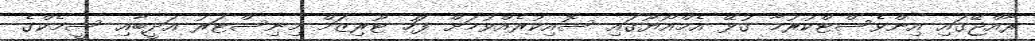
ރާއްޖޭގައި އިންވެެސްޓްކުރުމާ ގުޅޭ އެމްއޯޔޫގައި ސޮއިކުރެއްވުމަށް ފަހު ޓޫރިޒަމް މިނިސްޓަރު އަދީބާއި ސީމެކްގެ